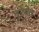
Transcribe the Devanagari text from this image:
नूरेयेव